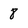
Character: 8